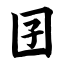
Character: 囝